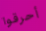
أحرقوا